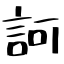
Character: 訶